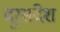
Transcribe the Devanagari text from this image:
दूरसंदेश